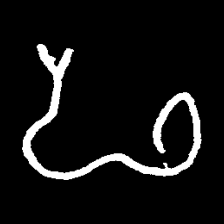
Pyu character \u2014 Myanmar letter: ဖ (romanized: pha)